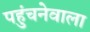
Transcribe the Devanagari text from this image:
पहुंचनेवाला